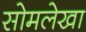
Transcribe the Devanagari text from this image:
सोमलेखा